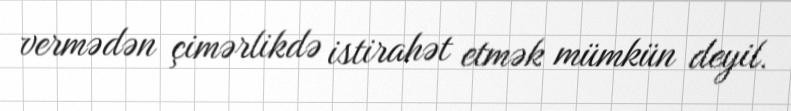
vermədən çimərlikdə istirahət etmək mümkün deyil.